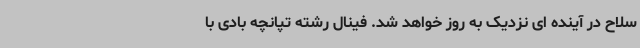
سلاح در آینده ای نزدیک به روز خواهد شد. فینال رشته تپانچه بادی با